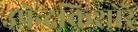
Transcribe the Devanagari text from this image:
उपेन्द्रकिशोरे